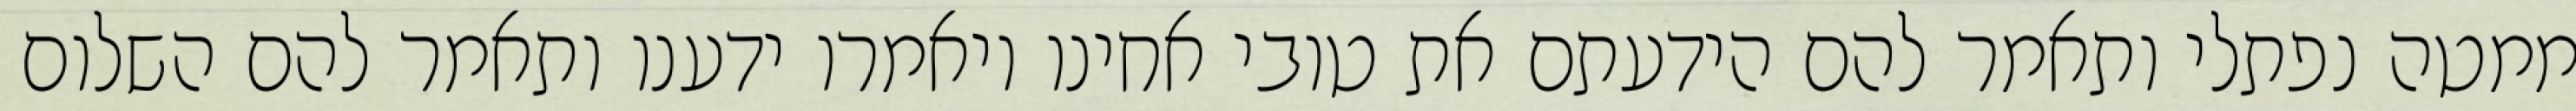
ממטה נפתלי ותאמר להם הידעתם את טובי אחינו ויאמרו ידענו ותאמר להם השלום